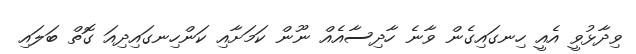
ވިދާޅުވީ އެއީ ހިނގައިގެން ވާނެ ހާދިސާއެއް ނޫން ކަމަށާއި ކަންހިނގައިދިއަ ގޮތް ބަލައި